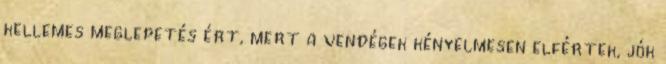
kellemes meglepetés ért, mert a vendégek kényelmesen elfértek, jók